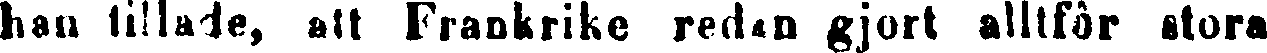
hav tillade, att Frankrike redan gjort alltför stora